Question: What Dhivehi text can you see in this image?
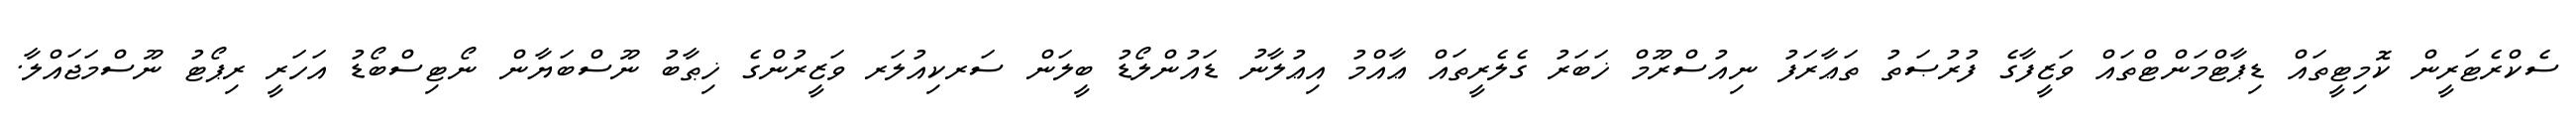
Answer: ސެކްރެޓަރީން ކޮމިޓީތައް ޑިޕާޓްމަންޓްތައް ވަޒީފާގެ ފުރުޞަތު ތަޢާރަފު ނިއުސްރޫމް ޚަބަރު ގެލެރީތައް ޢާއްމު އިޢުލާނު ޑައުންލޯޑު ބީލަން ސަރކިއުލަރ ވަޒީރުންގެ ޚިޠާބު ނޫސްބަޔާން ނޯޓިސްބޯޑު އަހަރީ ރިޕޯޓު ނޫސްމަޖައްލާ.